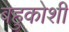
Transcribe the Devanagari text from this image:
बहुकोशी